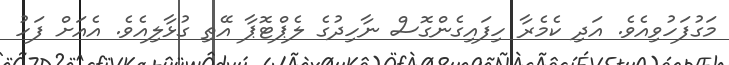
މަގުފަހުވިއެވެ. އަދި ކެމެރާ ހިފައިގެންގޮސް ނާހިދުގެ ލެޕްޓޮޕާ އޭތި ގުޅާލިއެވެ. އެއަށް ފަހު